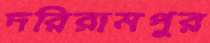
দরিরামপুর